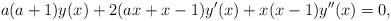
\begin{align*}a(a + 1)y(x) + 2(ax + x - 1)y'(x) + x(x - 1)y''(x) = 0,\end{align*}